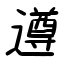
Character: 遵